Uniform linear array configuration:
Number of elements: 24
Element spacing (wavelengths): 0.75
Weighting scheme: blackman
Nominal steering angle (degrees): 0
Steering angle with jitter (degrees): -0.4693
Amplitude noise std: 0.05
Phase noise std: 0.05

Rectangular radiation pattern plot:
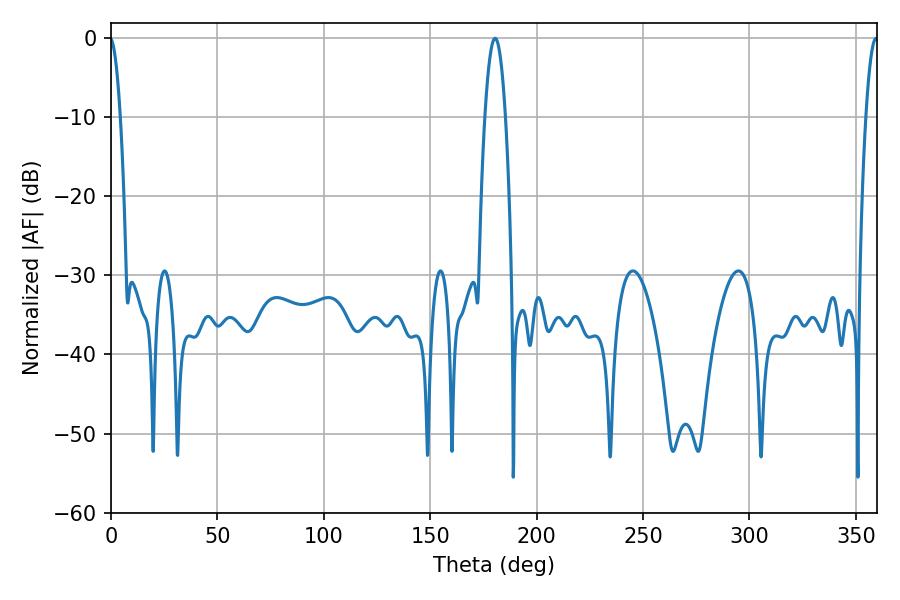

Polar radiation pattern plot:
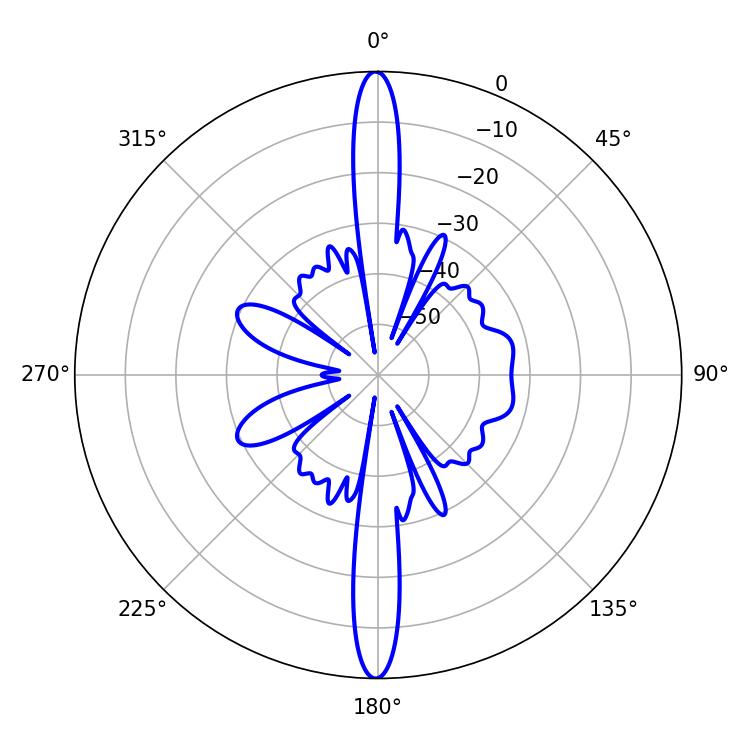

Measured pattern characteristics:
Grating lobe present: TRUE
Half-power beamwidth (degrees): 3.06
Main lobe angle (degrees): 359.46